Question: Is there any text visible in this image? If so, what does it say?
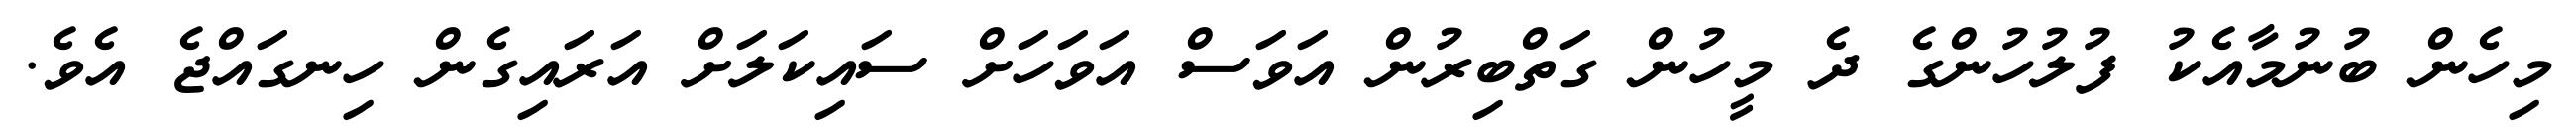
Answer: މިހެން ބުނުމާއެކު ފުލުހުންގެ ދެ މީހުން ގަތްބިރުން އަވަސް އަވަހަށް ސައިކަލަށް އަރައިގެން ހިނގައްޖެ އެވެ.